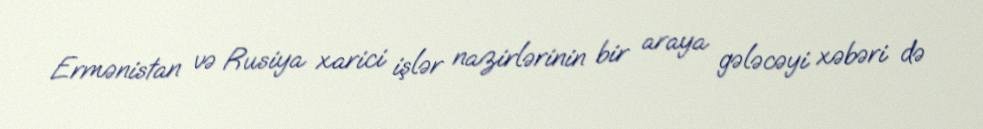
Ermənistan və Rusiya xarici işlər nazirlərinin bir araya gələcəyi xəbəri də